Annual report of lunatic asylums [Bombay] - 1912-1922
Year: 1912
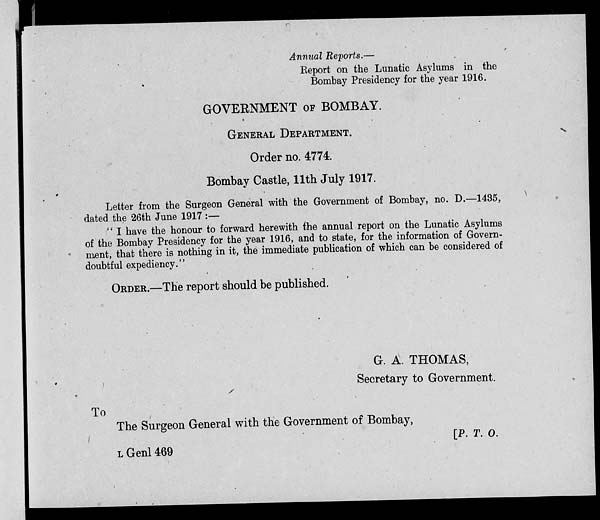
Annual Reports.—
Report on the Lunatic Asylums in the
Bombay Presidency for the year 1916.
GOVERNMENT OF BOMBAY.
GENERAL DEPARTMENT.
Order no. 4774.
Bombay Castle, 11th July 1917.
Letter from the Surgeon General with the Government of Bombay, no. D.—1435,
dated the 26th June 1917 :—
" I have the honour to forward herewith the annual report on the Lunatic Asylums
of the Bombay Presidency for the year 1916, and to state, for the information of Govern-
ment, that there is nothing in it, the immediate publication of which can be considered of
doubtful expediency."
ORDER.—The report should be published.
G. A. THOMAS,
Secretary to Government.
To
The Surgeon General with the Government of Bombay,
[P. T. O.
L Genl 469